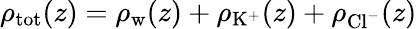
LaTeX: \rho_{\mathrm{tot}}(z)=\rho_{\mathrm{w}}(z)+\rho_{\mathrm{K}^{+}}(z)+\rho_{\mathrm{Cl}^{-}}(z)